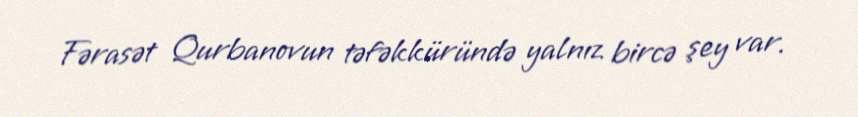
Fərasət Qurbanovun təfəkküründə yalnız bircə şey var.